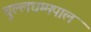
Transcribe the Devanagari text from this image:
चुल्लधम्मपाल